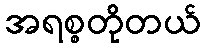
အရစ္စတိုတယ်